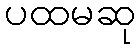
ပထမဆု